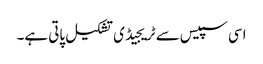
اسی سپیس سے ٹریجیڈی تشکیل پاتی ہے۔